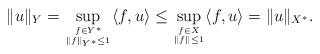
LaTeX: \begin{align*}\|u\|_Y = \sup_{f\in Y^\ast \atop \|f\|_{Y^\ast}\leq 1} \langle f,u \rangle \leq \sup_{f\in X \atop \|f\| \leq 1} \langle f,u \rangle = \|u\|_{X^\ast}.\end{align*}